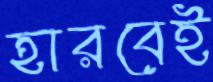
হারবেই